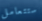
ستتعامل